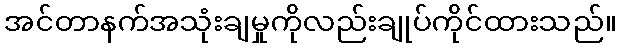
အင်တာနက်အသုံးချမှုကိုလည်းချုပ်ကိုင်ထားသည်။